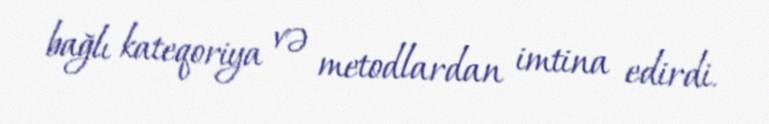
bağlı kateqoriya və metodlardan imtina edirdi.